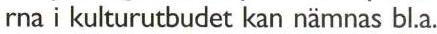
rna i kulturutbudet kan nämnas bl.a.